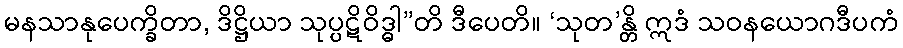
မနသာနုပေက္ခိတာ, ဒိဋ္ဌိယာ သုပ္ပဋိဝိဒ္ဓါ”တိ ဒီပေတိ။ ‘သုတ’န္တိ ဣဒံ သဝနယောဂဒီပကံ